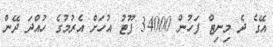
އޭގެ ދެ މިނިޓް ފަހުން 34000 ފޫޓު އުހަށް އެރުމުގެ ހުއްދަ ދޭން